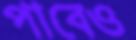
পাবেও